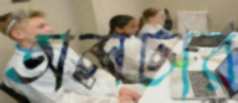
অলটার